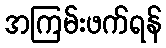
အကြမ်းဖက်ရန်